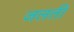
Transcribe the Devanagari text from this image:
जलतीं